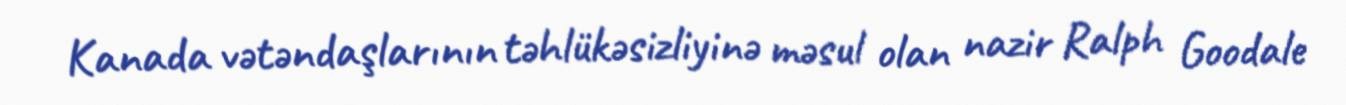
Kanada vətəndaşlarının təhlükəsizliyinə məsul olan nazir Ralph Goodale